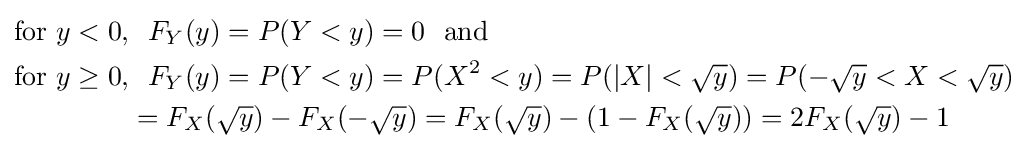
{\begin{alignedat}{2}{\text{for}}~y<0,&~~F_{Y}(y)=P(Y<y)=0~~{\text{and}}\\{\text{for}}~y\geq 0,&~~F_{Y}(y)=P(Y<y)=P(X^{2}<y)=P(|X|<{\sqrt {y}})=P(-{\sqrt {y}}<X<{\sqrt {y}})\\~~&=F_{X}({\sqrt {y}})-F_{X}(-{\sqrt {y}})=F_{X}({\sqrt {y}})-(1-F_{X}({\sqrt {y}}))=2F_{X}({\sqrt {y}})-1\end{alignedat}}